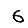
Digit: 6